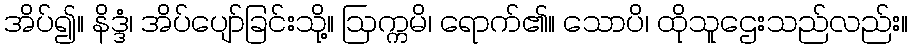
အိပ်၍။ နိဒ္ဒံ၊ အိပ်ပျော်ခြင်းသို့။ ဩက္ကမိ၊ ရောက်၏။ သောပိ၊ ထိုသူဌေးသည်လည်း။